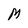
Character: M